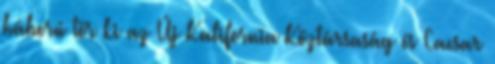
háború tör ki az Új Kalifornia Köztársaság és Caesar